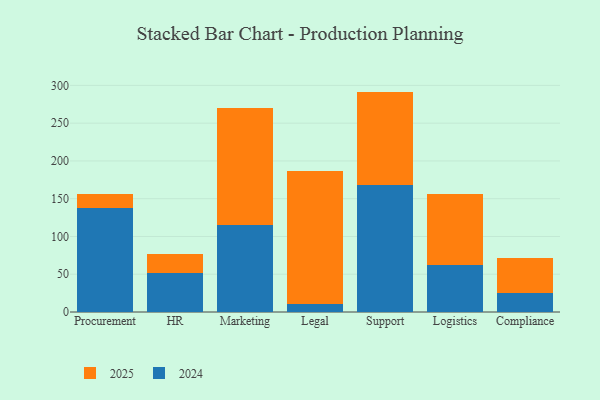
{"axis": {"x": "Department", "y": "Inventory Turnover"}, "legend": ["2024", "2025"], "data": [{"x": "Procurement", "y": 138.0, "type": "2024"}, {"x": "Procurement", "y": 18.8, "type": "2025"}, {"x": "HR", "y": 51.0, "type": "2024"}, {"x": "HR", "y": 25.4, "type": "2025"}, {"x": "Marketing", "y": 115.1, "type": "2024"}, {"x": "Marketing", "y": 155.4, "type": "2025"}, {"x": "Legal", "y": 10.6, "type": "2024"}, {"x": "Legal", "y": 175.6, "type": "2025"}, {"x": "Support", "y": 167.9, "type": "2024"}, {"x": "Support", "y": 123.9, "type": "2025"}, {"x": "Logistics", "y": 62.3, "type": "2024"}, {"x": "Logistics", "y": 94.1, "type": "2025"}, {"x": "Compliance", "y": 24.8, "type": "2024"}, {"x": "Compliance", "y": 46.3, "type": "2025"}]}